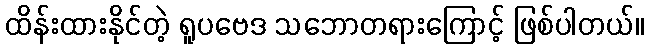
ထိန်းထားနိုင်တဲ့ ရူပဗေဒ သဘောတရားကြောင့် ဖြစ်ပါတယ်။